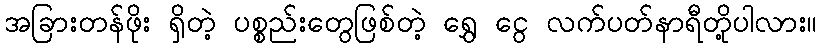
အခြားတန်ဖိုး ရှိတဲ့ ပစ္စည်းတွေဖြစ်တဲ့ ရွှေ ငွေ လက်ပတ်နာရီတို့ပါလား။